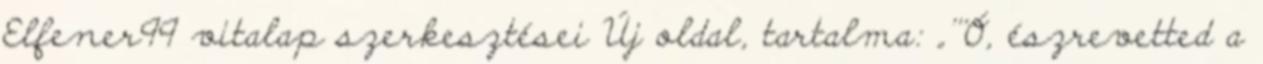
‎Elfener99 vitalap szerkesztései Új oldal, tartalma: „'''Ó, észrevetted a